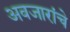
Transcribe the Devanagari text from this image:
अवजारांचे